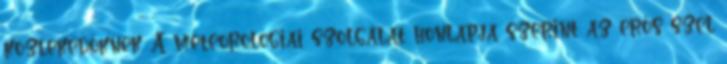
közlekedőknek. A meteorológiai szolgálat honlapja szerint az erős szél